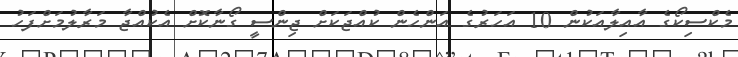
މެކްސިކޯގެ އާއިލާއަކުން 10 އަހަރުގެ އަންހެން ކުއްޖަކަށް ޖިންސީ ގޯނާކޮށް އެކުއްޖާ މަރާލުމަށްފަހު